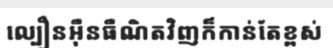
ល្បឿនអ៊ឺនធឺណិតវិញក៏កាន់តែខ្ពស់